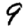
Digit: 9